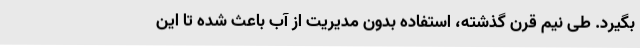
بگیرد. طی نیم قرن گذشته، استفاده بدون مدیریت از آب باعث شده تا این